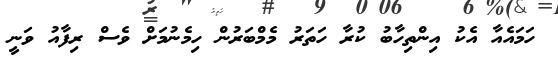
ހަމައެއާ އެކު އިންތިހާބު ކުރާ ހަތަރު މެމްބަރުން ހިމެނުމަށް ވެސް ރިފާއު ވަނީ